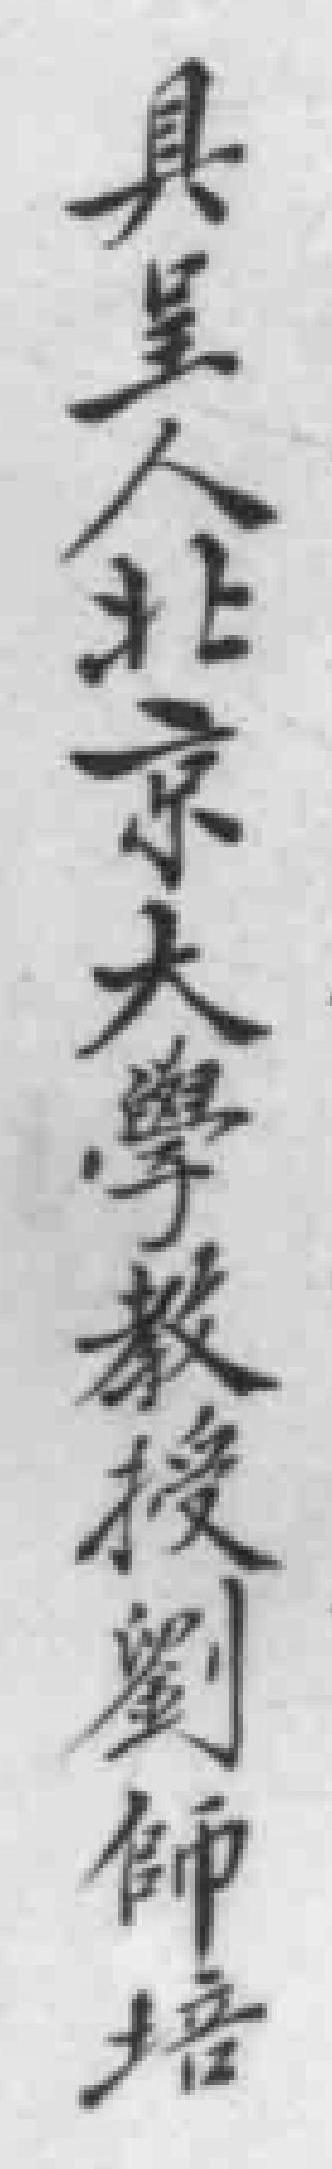
具呈人北京大學教授劉師培